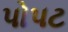
પોપટ